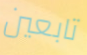
تابعين